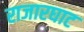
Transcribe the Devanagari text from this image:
राजारघाट